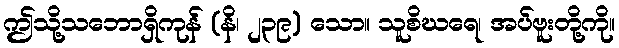
ဤသို့သဘောရှိကုန် (နိ၊ ၂၃၉) သော။ သူစိဃရေ၊ အပ်ဗူးတို့ကို။